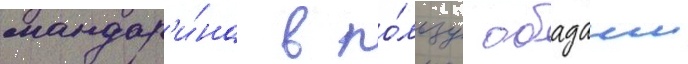
мандар'и́на в по́льзу обадаии